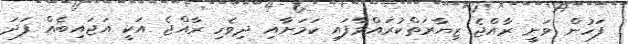
ފަހުން ވަނީ ރާއްޖެ ޒިޔާރަތްކުރައްވާފައި ކަމަށާއި ދިވެހި ރާއްޖެ އަކީ އަޖައިބެއް ފަދަ